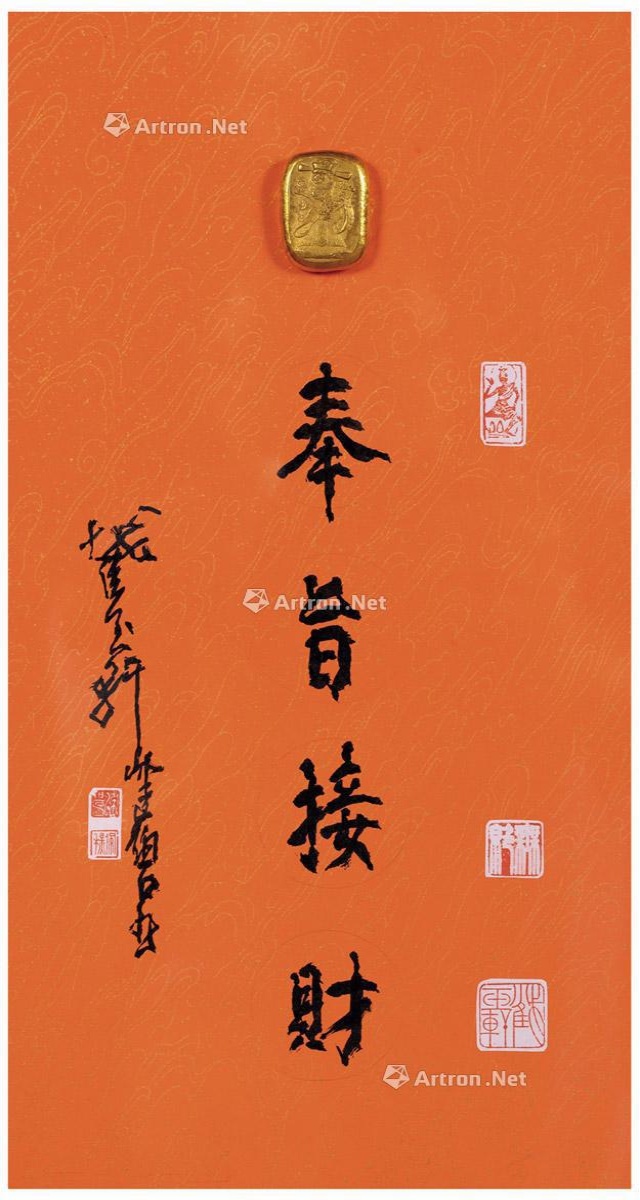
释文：奉旨接财。截玉轩健碧书。